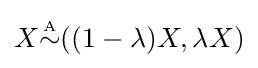
X{\overset {\underset {\mathrm {A} }{}}{\sim }}((1-\lambda )X,\lambda X)